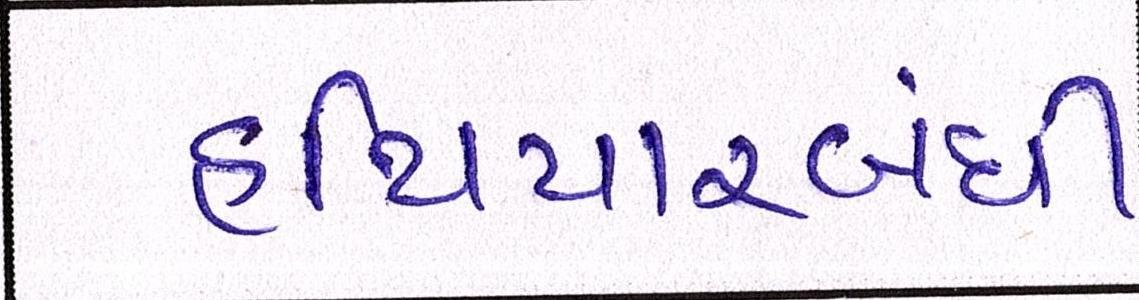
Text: હથિયારબંધી